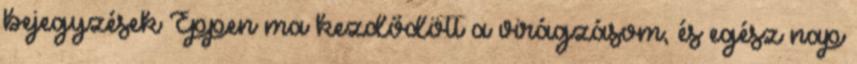
bejegyzések Éppen ma kezdődött a virágzásom, és egész nap